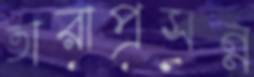
তারাপ্রসন্ন